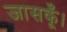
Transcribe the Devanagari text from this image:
जासकूँ।